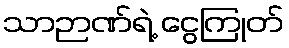
သာဉာဏ်ရဲ့ ငွေကြုတ်